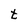
Character: t